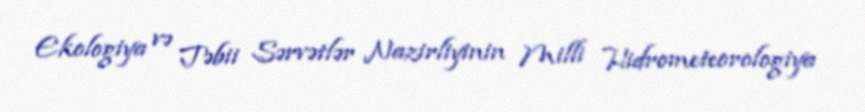
Ekologiya və Təbii Sərvətlər Nazirliyinin Milli Hidrometeorologiya